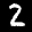
Label: 2